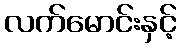
လက်မောင်းနှင့်